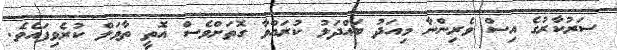
ސަރުކާރުގެ އިސް ވެރިންނާ މިއަދު ބައްދަލު ކުރައްވާ ގޮތަށްވެސް އޮތީ ތާވަލް ކުރެވިފައެވެ.